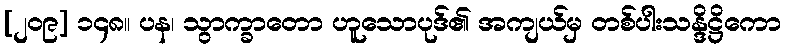
[၂၀၉] ၁၄၈။ ပန၊ သွာက္ခာတော ဟူသောပုဒ်၏ အကျယ်မှ တစ်ပါးသန္ဒိဋ္ဌိကော